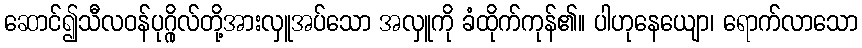
ဆောင်၍သီလဝန်ပုဂ္ဂိုလ်တို့အားလှူအပ်သော အလှူကို ခံထိုက်ကုန်၏။ ပါဟုနေယျော၊ ရောက်လာသော